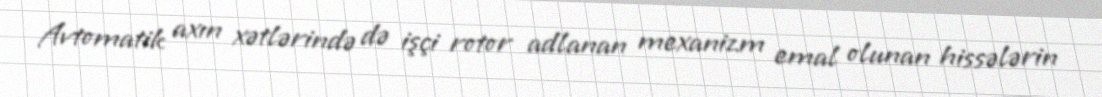
Avtomatik axın xətlərində də işçi rotor adlanan mexanizm emal olunan hissələrin